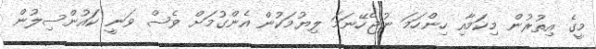
މީގެ އިތުރުން މިކަމާއި ހިންހަމަ ނުޖެހޭނަމަ ލިޔުމަކުން އެންގުމަށް ވެސް ވަނީ ކަައުންސިލުން